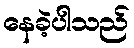
နေခဲ့ပါသည်